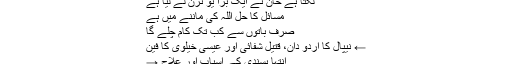
لگتا ہے خان نے ایک بڑا یو ٹرن لے لیا ہے
مسائل کا حل اللہ کی ماننے میں ہے
صرف باتوں سے کب تک کام چلے گا
← نیپال کا اردو دان، قتیل شفائی اور عیسیٰ خیلوی کا فین
انتہا پسندی کے اسباب اور علاج →